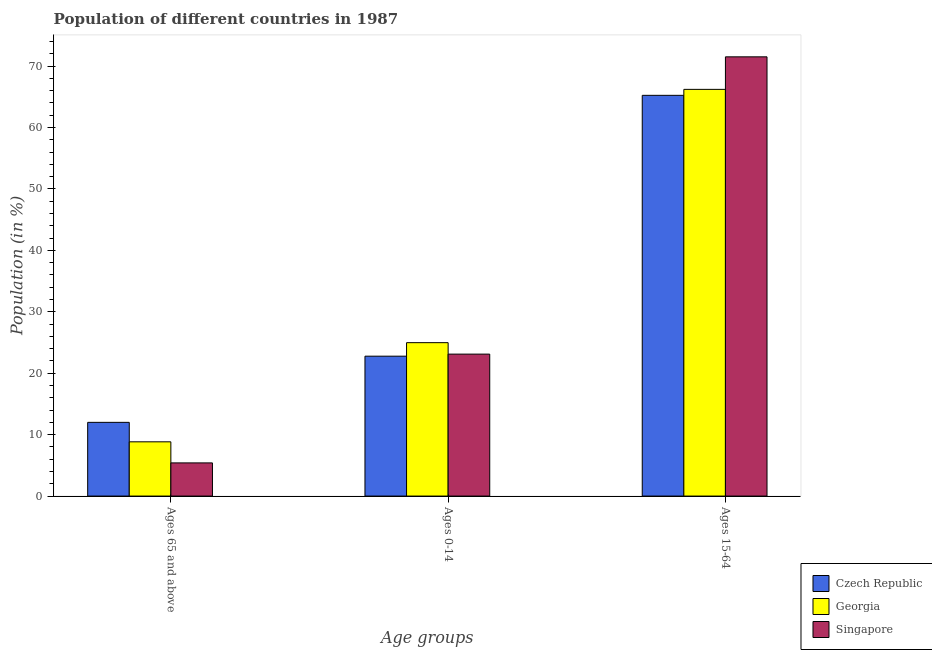
| Age groups | Czech Republic | Georgia | Singapore |
 | --- | --- | --- | --- |
 | Ages 65 and above | 12 | 8.83 | 5.4 |
 | Ages 0-14 | 22.8 | 25 | 23.1 |
 | Ages 15-64 | 65.2 | 66.2 | 71.5 |